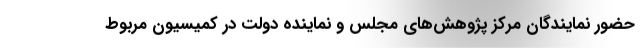
حضور نمایندگان مرکز پژوهش‌های مجلس و نماینده دولت در کمیسیون مربوط